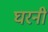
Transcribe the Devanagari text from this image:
घरनी